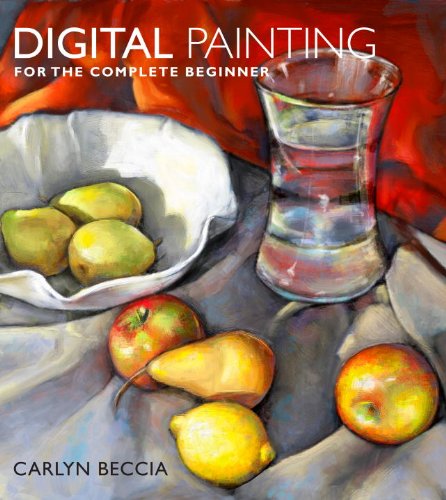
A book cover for Digital Painting for the Complete Beginner; Carlyn Beccia; Arts & Photography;